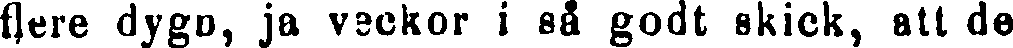
flere dygn, ja veckor i så godt skick, att de